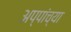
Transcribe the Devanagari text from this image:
अप्पांच्या